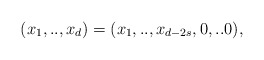
\begin{align*}(x_{1},..,x_{d}) = (x_{1},..,x_{d-2s},0,..0),\end{align*}